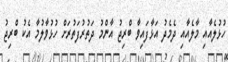
ހުޅުލެއާއި މާލެއާއި ދެމެދު އަޅާފައިވާ ބްރިޖު އާންމު ދަތުރުފަތުރަށް ހުޅުވާލުމާ އެކު ބްރިޖު